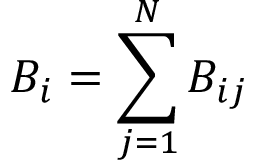
B _ { i } = \sum _ { j = 1 } ^ { N } B _ { i j }